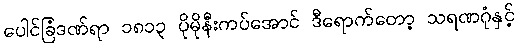
ပေါင်ခြံဒဏ်ရာ ၁၈၁၃ ပိုမိုနီးကပ်အောင် ဒီရောက်တော့ သရဏဂုံနှင့်